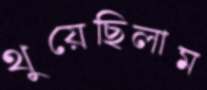
থুয়েছিলাম